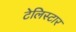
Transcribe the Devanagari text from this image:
टेलिस्टार